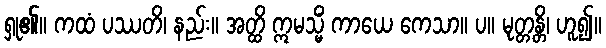
ရှု၏။ ကထံ ပဿတိ၊ နည်း။ အတ္ထိ ဣမသ္မိံ ကာယေ ကေသာ။ ပ။ မုတ္တန္တိ၊ ဟူ၍။